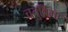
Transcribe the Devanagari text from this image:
चतुर्विमा